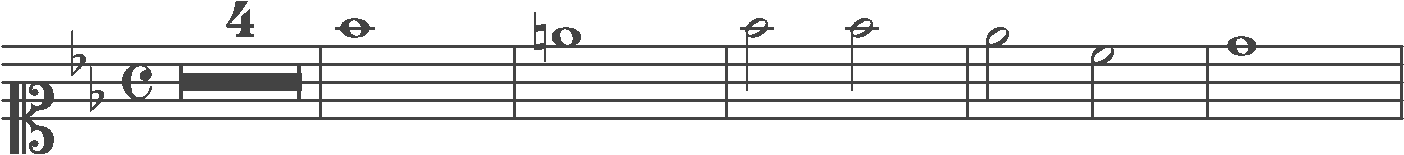
Transcription: clef-C1 keySignature-BbM timeSignature-C multirest-4 barline note-F5_whole barline note-E5_whole barline note-F5_half note-F5_half barline note-Eb5_half note-C5_half barline note-D5_whole barline